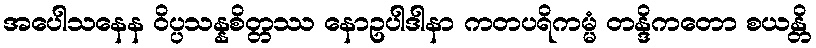
အပေါသနေန ဝိပ္ပသန္နစိတ္တဿ နောဥပါဒါနာ ကတပရိကမ္မံ တန္ဒိကတော စယန္တိ